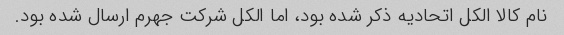
نام کالا الکل اتحادیه ذکر شده بود، اما الکل شرکت جهرم ارسال شده بود.